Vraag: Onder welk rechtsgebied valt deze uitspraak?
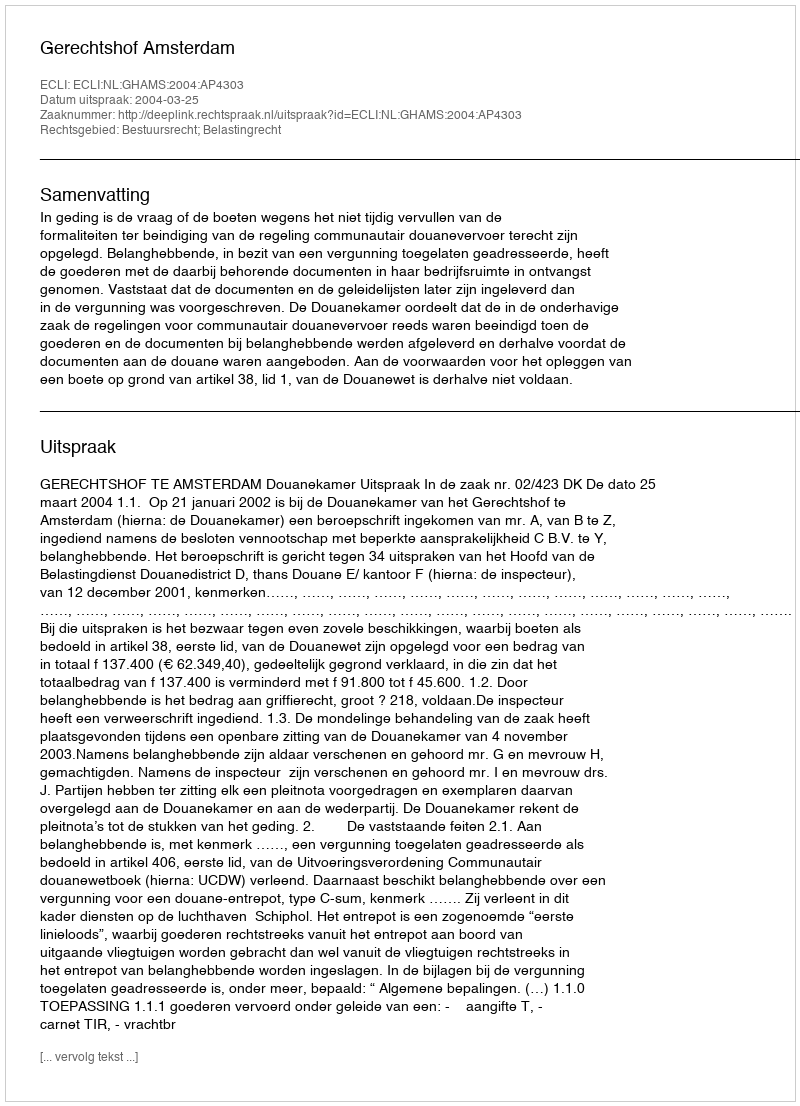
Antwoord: Bestuursrecht; Belastingrecht